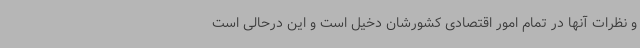
و نظرات آنها در تمام امور اقتصادی کشورشان دخیل است و این درحالی است